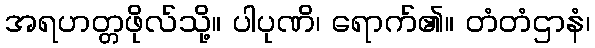
အရဟတ္တဖိုလ်သို့။ ပါပုဏိ၊ ရောက်၏။ တံတံဌာနံ၊